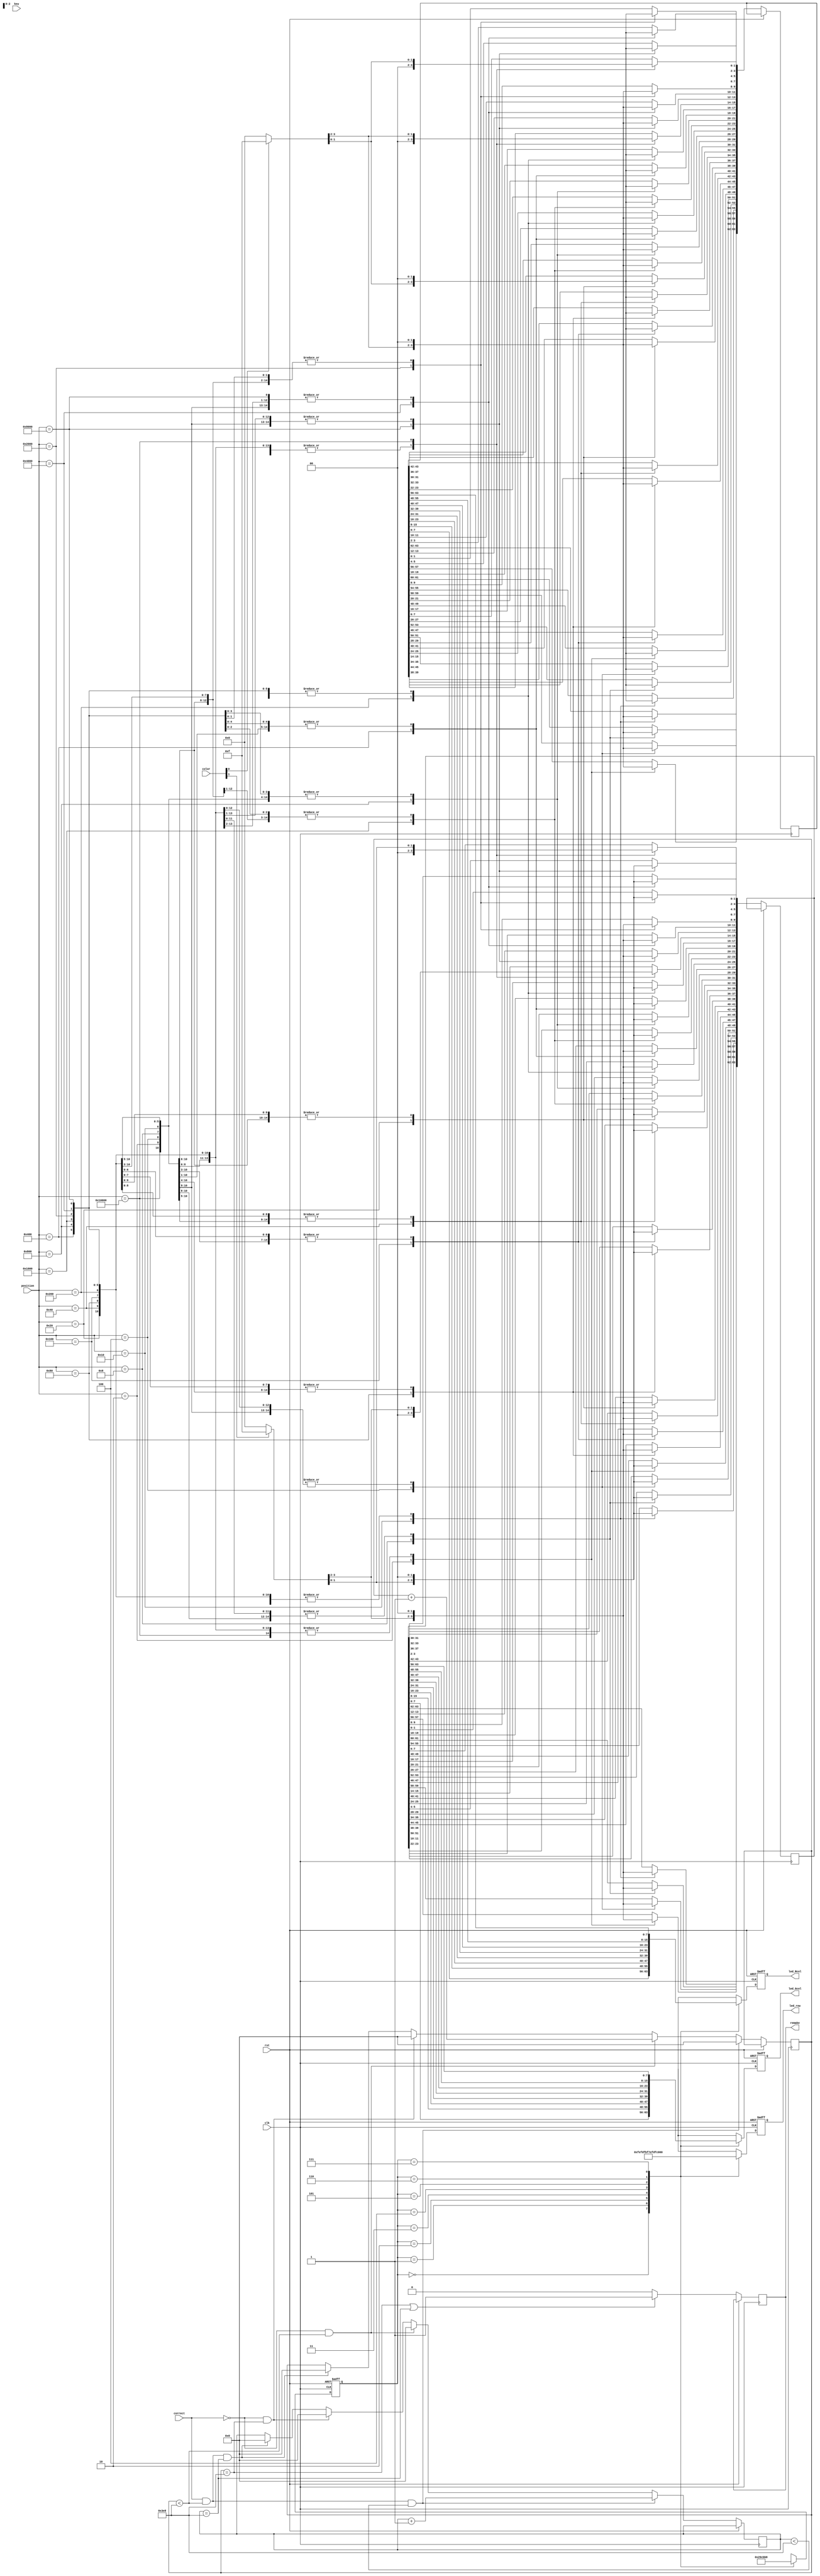
module LEDscan(clk,rst,led_Rcol,led_Gcol,led_row,position,key,color,remake,correct);
	input clk;
	input rst;
   reg  [63:0] led_R;
	reg  [63:0] led_G;
	//reg  [63:0] led_Y;
	reg  [9:0] holdtime;
	reg  [9:0] delaytime;
	output reg remake;    //  
	input correct;    //
	input  [16:0] position;
	input  [16:0] key;
	input [1:0]color;
	output reg  [7:0] led_row;
	output reg  [7:0] led_Rcol;
	output reg  [7:0] led_Gcol;
	
	//reg enhold;
	//output [15:0] led_ld;
	//input correct;
	reg [2:0] state;
	initial begin
		state<=3'b000;
		led_Rcol<=8'b0000_0000;
		led_Gcol<=8'b0000_0000;
		led_row<=8'b1111_1111;
//		cnt4[0]<=2'b01;
//		cnt4[1]<=2'b11;
//		cnt4[2]<=2'b01;

	end
//	always @(posedge clk or posedge rst) begin
//		if(rst) begin
//		end
//		else if(cnt5<3'd8)begin
//			cnt5<=cnt5+1;
//		end
//		else if(cnt5==3'd8)begin
//			cnt5<=3'd0;
//		end
//	end
//	always @(posedge clk or posedge rst) begin
//		if(rst) begin
//		end
//		else if(position)begin
//		  color<=cnt4[cnt5];
//		end
//
//	end
	//assign color=cnt4[cnt5];
	always @(posedge clk or posedge rst) begin
      	  if(rst) begin
           	 	state<=3'b000;
            		led_Rcol<=8'b0000_0000;
            		led_Gcol<=8'b0000_0000;
						led_row<=8'b1111_1110;
       	 	end
	  else begin
		case(state)
		3'b000: begin
			state<=3'b001;
			led_row<=8'b1111_1110;
			led_Rcol<=led_R[7:0];
                    		led_Gcol<=led_G[7:0];
		end 
		3'b001:begin
			state<=3'b010;
			led_row<=8'b1111_1101;
			led_Rcol<=led_R[15:8];
                    		led_Gcol<=led_G[15:8];
	
		end
		3'b010:begin
			state<=3'b011;
			led_row<=8'b1111_1011;
			led_Rcol<=led_R[23:16];
                    		led_Gcol<=led_G[23:16];
	
		end
		3'b011:begin
			state<=3'b100;
			led_row<=8'b1111_0111;
			led_Rcol<=led_R[31:24];
                    		led_Gcol<=led_G[31:24];
	
		end
		3'b100:begin
			state<=3'b101;
			led_row<=8'b1110_1111;
			led_Rcol<=led_R[39:32];
                    		led_Gcol<=led_G[39:32];
	
		end
		3'b101:begin
			state<=3'b110;
			led_row<=8'b1101_1111;
			led_Rcol<=led_R[47:40];
                    		led_Gcol<=led_G[47:40];
	
		end
		3'b110:begin
			state<=3'b111;
			led_row<=8'b1011_1111;
			led_Rcol<=led_R[55:48];
                    		led_Gcol<=led_G[55:48];
	
		end
		3'b111:begin
			state<=3'b000;
			led_row<=8'b0111_1111;
			led_Rcol<=led_R[63:56];
                    		led_Gcol<=led_G[63:56];
	
		end
		endcase
	end
	end
	always@(posedge clk or posedge rst)
	begin
		if(rst) begin
		end
		else if(holdtime==10'd1000 || delaytime==10'd1000) begin
			remake<=1'b1;
		end	
		else begin
			remake<=1'b0;
		end
	end
	always@(posedge clk or posedge rst)
	begin
		if(rst) begin
		end
		
		else  begin
			case(position)
			17'b0_0000_0000_0000_0010:begin
					{led_R[57:56],led_R[49:48]}<=(color[0])?4'b1111:4'b0000;
					{led_R[47:0],led_R[55:50],led_R[63:58]}<=60'b0;
					{led_G[57:56],led_G[49:48]}<=(color[1])?4'b1111:4'b0000;
					{led_G[47:0],led_G[55:50],led_G[63:58]}<=60'b0;
			end
			17'b0_0000_0000_0000_0100:begin
					{led_R[59:58],led_R[51:50]}<=(color[0])?4'b1111:4'b0000;
					{led_R[49:0],led_R[57:52],led_R[63:60]}<=60'b0;
					{led_G[59:58],led_G[51:50]}<=(color[1])?4'b1111:4'b0000;
					{led_G[49:0],led_G[57:52],led_G[63:60]}<=60'b0;
			end
			17'b0_0000_0000_0000_1000:begin
					{led_R[61:60],led_R[53:52]}<=(color[0])?4'b1111:4'b0000;
					{led_R[51:0],led_R[59:54],led_R[63:62]}<=60'b0;
					{led_G[61:60],led_G[53:52]}<=(color[1])?4'b1111:4'b0000;
					{led_G[51:0],led_G[59:54],led_G[63:62]}<=60'b0;
			end
			17'b0_0000_0000_0001_0000:begin
					{led_R[63:62],led_R[55:54]}<=(color[0])?4'b1111:4'b0000;                                                                            
					{led_R[53:0],led_R[61:56]}<=60'b0;
					{led_G[63:62],led_G[55:54]}<=(color[1])?4'b1111:4'b0000;                                                                            
					{led_G[53:0],led_G[61:56]}<=60'b0;
			end
			
			17'b0_0000_0000_0010_0000:begin
					{led_R[41:40],led_R[33:32]}<=(color[0])?4'b1111:4'b0000;
					{led_R[31:0],led_R[39:34],led_R[63:42]}<=60'b0;
					{led_G[41:40],led_G[33:32]}<=(color[1])?4'b1111:4'b0000;
					{led_G[31:0],led_G[39:34],led_G[63:42]}<=60'b0;
			end
			17'b0_0000_0000_0100_0000:begin
		
					{led_R[43:42],led_R[35:34]}<=(color[0])?4'b1111:4'b0000;
					{led_R[33:0],led_R[41:36],led_R[63:44]}<=60'b0;
					
					{led_G[43:42],led_G[35:34]}<=(color[1])?4'b1111:4'b0000;
					{led_G[33:0],led_G[41:36],led_G[63:44]}<=60'b0;
			end
			17'b0_0000_0000_1000_0000:begin
					{led_R[45:44],led_R[37:36]}<=(color[0])?4'b1111:4'b0000;
					{led_R[35:0],led_R[43:38],led_R[63:46]}<=60'b0;
					{led_G[45:44],led_G[37:36]}<=(color[1])?4'b1111:4'b0000;
					{led_G[35:0],led_G[43:38],led_G[63:46]}<=60'b0;
			end
			17'b0_0000_0001_0000_0000:begin
					{led_R[47:46],led_R[39:38]}<=(color[0])?4'b1111:4'b0000;
					{led_R[37:0],led_R[45:40],led_R[63:48]}<=60'b0;
					{led_G[47:46],led_G[39:38]}<=(color[1])?4'b1111:4'b0000;
					{led_G[37:0],led_G[45:40],led_G[63:48]}<=60'b0;
			end
			17'b0_0000_0010_0000_0000:begin
					{led_R[25:24],led_R[17:16]}<=(color[0])?4'b1111:4'b0000;
					{led_R[15:0],led_R[23:18],led_R[63:26]}<=60'b0;
					{led_G[25:24],led_G[17:16]}<=(color[1])?4'b1111:4'b0000;
					{led_G[15:0],led_G[23:18],led_G[63:26]}<=60'b0;
			end
			17'b0_0000_0100_0000_0000:begin
					{led_R[27:26],led_R[19:18]}<=(color[0])?4'b1111:4'b0000;
					{led_R[17:0],led_R[25:20],led_R[63:28]}<=60'b0;
					{led_G[27:26],led_G[19:18]}<=(color[1])?4'b1111:4'b0000;
					{led_G[17:0],led_G[25:20],led_G[63:28]}<=60'b0;
			end
			17'b0_0000_1000_0000_0000:begin
					{led_R[29:28],led_R[21:20]}<=(color[0])?4'b1111:4'b0000;
					{led_R[19:0],led_R[27:22],led_R[63:30]}<=60'b0;
					{led_G[29:28],led_G[21:20]}<=(color[1])?4'b1111:4'b0000;
					{led_G[19:0],led_G[27:22],led_G[63:30]}<=60'b0;
			end
			17'b0_0001_0000_0000_0000:begin
					{led_R[31:30],led_R[23:22]}<=(color[0])?4'b1111:4'b0000;
					{led_R[21:0],led_R[29:24],led_R[63:32]}<=60'b0;
					{led_G[31:30],led_G[23:22]}<=(color[1])?'b1111:4'b0000;
					{led_G[21:0],led_G[29:24],led_G[63:32]}<=60'b0;
			end
			17'b0_0010_0000_0000_0000:begin
					{led_R[9:8],led_R[1:0]}<=(color[0])?4'b1111:4'b0000;
					{led_R[7:2],led_R[63:10]}<=60'b0;
					{led_G[9:8],led_G[1:0]}<=(color[1])?4'b1111:4'b0000;
					{led_G[7:2],led_G[63:10]}<=60'b0;
			end
			17'b0_0100_0000_0000_0000:begin
					{led_R[11:10],led_R[3:2]}<=(color[0])?4'b1111:4'b0000;
					{led_R[1:0],led_R[9:4],led_R[63:12]}<=60'b0;
					{led_G[11:10],led_G[3:2]}<=(color[1])?4'b1111:4'b0000;
					{led_G[1:0],led_G[9:4],led_G[63:12]}<=60'b0;
			end
			17'b0_1000_0000_0000_0000:begin
					{led_R[13:12],led_R[5:4]}<=(color[0])?4'b1111:4'b0000;
					{led_R[3:0],led_R[11:6],led_R[63:14]}<=60'b0;
					{led_G[13:12],led_G[5:4]}<=(color[1])?4'b1111:4'b0000;
					{led_G[3:0],led_G[11:6],led_G[63:14]}<=60'b0;
			end
			17'b1_0000_0000_0000_0000:begin
					{led_R[15:14],led_R[7:6]}<=(color[0])?4'b1111:4'b0000;
					{led_R[5:0],led_R[13:8],led_R[63:16]}<=60'b0;
					{led_G[15:14],led_G[7:6]}<=(color[1])?4'b1111:4'b0000;
					{led_G[5:0],led_G[13:8],led_G[63:16]}<=60'b0;
			end
			endcase
		end
		//assign led_ld[1:0]=color[1:0];
			
			
			
			
			
			
			
			
			
		end
	
	
	
	always@(posedge clk or posedge rst)
	begin
		if(rst) begin
		end
		else if(correct && holdtime<10'd1000 && delaytime<10'd1000) begin
			holdtime<=10'd0;
			delaytime<=delaytime+1'b1;
		end
		else if(!correct && holdtime<10'd1000)  begin
			holdtime<=holdtime+1;
			delaytime<=10'd0;
			
		end
		else if(!correct && holdtime==10'd1000)  begin
			holdtime<=0;
			delaytime<=10'd0;
			
		end
		else if(correct && holdtime<10'd1000 && delaytime==10'd1000) begin
			holdtime<=10'd0;
			delaytime<=10'd0;
		end
	end
	
//				case(position)
//					16'b0000_0000_0000_0001: begin
//						{led_R[49:48],led_R[57:56]}<=(color[1])?4'b1111:4'b0000;
//						{led_R[58],led_R[50],led_R[41:40]}<=(color[1])?4'b1111:4'b0000;
//						{led_R[42]}<=1'b0;
//						{led_R[63:59],led_R[55:51],led_R[47:43],led_R[39:0]}<=55'd0;
//						{led_G[49:48],led_G[57:56]}<=(color[0])?4'b1111:4'b0000;
//						{led_G[58],led_G[50],led_G[41:40]}<=(color[0])?4'b1111:4'b0000;
//						{led_G[42]}<=1'b0;
//						{led_G[63:59],led_G[55:51],led_G[47:43],led_G[39:0]}<=55'd0;
//					end
//					16'b0000_0000_0000_0010: begin
//						{led_R[51:50],led_R[59:58]}<=(color[1])?4'b1111:4'b0000;
//						{led_R[60],led_R[57],led_R[52],led_R[49],led_R[43:42]}<=(color[1])?6'b11_1111:6'b00_0000;
//						{led_R[44],led_R[41]}<=2'b00;
//						{led_R[63:61],led_R[56:53],led_R[48:45],led_R[40:0]}<=52'd0;
//						{led_G[51:50],led_G[59:58]}<=(color[0])?4'b1111:4'b0000;
//						{led_G[60],led_G[57],led_G[52],led_G[49],led_G[43:42]}<=(color[0])?6'b11_1111:6'b00_0000;
//						{led_G[44],led_G[41]}<=2'b00;
//						{led_G[63:61],led_G[56:53],led_G[48:45],led_G[40:0]}<=52'd0;
//					end
//					16'b0000_0000_0000_0100: begin
//						{led_R[53:52],led_R[61:60]}<=(color[1])?4'b1111:4'b0000;
//						{led_R[62],led_R[59],led_R[54],led_R[51],led_R[45:44]}<=(color[1])?6'b11_1111:6'b00_0000;
//						{led_R[46],led_R[43]}<=2'b00;
//						{led_R[63],led_R[58:55],led_R[50:47],led_R[42:0]}<=52'd0;
//						{led_G[53:52],led_G[61:60]}<=(color[0])?4'b1111:4'b0000;
//						{led_G[62],led_G[59],led_G[54],led_G[51],led_G[45:44]}<=(color[0])?6'b11_1111:6'b00_0000;
//						{led_G[46],led_G[43]}<=2'b00;
//						{led_G[63],led_G[58:55],led_G[50:47],led_G[42:0]}<=52'd0;
//					end
//					16'b0000_0000_0000_1000: begin
//						{led_R[55:54],led_R[63:62]}<=(color[1])?4'b1111:4'b0000;
//						{led_R[61],led_R[53],led_R[47:46]}<=(color[1])?4'b1111:4'b0000;
//						{led_R[45]}<=1'b0;
//						{led_R[60:56],led_R[52:48],led_R[44:0]}<=55'd0;
//						{led_G[55:54],led_G[63:62]}<=(color[0])?4'b1111:4'b0000;
//						{led_G[61],led_G[53],led_G[47:46]}<=(color[0])?4'b1111:4'b0000;
//						{led_G[45]}<=1'b0;
//						{led_G[60:56],led_G[52:48],led_G[44:0]}<=55'd0;
//					end
//					16'b0000_0000_0001_0000: begin
//						{led_R[33:32],led_R[41:40]}<=(color[1])?4'b1111:4'b0000;
//						{led_R[49:48],led_R[42],led_R[34],led_R[25:24]}<=(color[1])?6'b11_1111:6'b00_0000;
//						{led_R[50],led_R[26]}<=2'b00;
//						{led_R[63:51],led_R[47:43],led_R[39:35],led_R[31:27],led_R[23:0]}<=52'd0;
//						{led_G[33:32],led_G[41:40]}<=(color[0])?4'b1111:4'b0000;
//						{led_G[49:48],led_G[42],led_G[34],led_G[25:24]}<=(color[0])?6'b11_1111:6'b00_0000;
//						{led_G[50],led_G[26]}<=2'b00;
//						{led_G[63:51],led_G[47:43],led_G[39:35],led_G[31:27],led_G[23:0]}<=52'd0;
//					end
//					16'b0000_0000_0010_0000: begin
//						{led_R[35:34],led_R[43:42]}<=(color[1])?4'b1111:4'b0000;
//						{led_R[51:50],led_R[44],led_R[41],led_R[36],led_R[33],led_R[27:26]}<=(color[1])?8'b1111_1111:8'b0000_0000;
//						{led_R[52],led_R[49],led_R[28],led_R[25]}<=4'b0000;
//						{led_R[63:53],led_R[48:45],led_R[40:37],led_R[32:29],led_R[24:0]}<=48'd0;
//						{led_G[35:34],led_G[43:42]}<=(color[0])?4'b1111:4'b0000;
//						{led_G[51:50],led_G[44],led_G[41],led_G[36],led_G[33],led_G[27:26]}<=(color[0])?8'b1111_1111:8'b0000_0000;
//						{led_G[52],led_G[49],led_G[28],led_G[25]}<=4'b0000;
//						{led_G[63:53],led_G[48:45],led_G[40:37],led_G[32:29],led_G[24:0]}<=48'd0;
//					end
//					16'b0000_0000_0100_0000: begin
//						{led_R[37:36],led_R[45:44]}<=(color[1])?4'b1111:4'b0000;
//						{led_R[53:52],led_R[46],led_R[43],led_R[38],led_R[35],led_R[29:28]}<=(color[1])?8'b1111_1111:8'b0000_0000;
//						{led_R[54],led_R[51],led_R[30],led_R[27]}<=4'b0000;
//						{led_R[63:55],led_R[50:47],led_R[42:39],led_R[34:31],led_R[26:0]}<=48'd0;
//						{led_G[37:36],led_G[45:44]}<=(color[0])?4'b1111:4'b0000;
//						{led_G[53:52],led_G[46],led_G[43],led_G[38],led_G[35],led_G[29:28]}<=(color[0])?8'b1111_1111:8'b0000_0000;
//						{led_G[54],led_G[51],led_G[30],led_G[27]}<=4'b0000;
//						{led_G[63:55],led_G[50:47],led_G[42:39],led_G[34:31],led_G[26:0]}<=48'd0;
//					end
//					16'b0000_0000_1000_0000: begin
//						{led_R[39:38],led_R[47:46]}<=(color[1])?4'b1111:4'b0000;
//						{led_R[55:54],led_R[45],led_R[37],led_R[31:30]}<=(color[1])?6'b11_1111:6'b00_0000;
//						{led_R[53],led_R[29]}<=2'b00;
//						{led_R[63:56],led_R[52:48],led_R[44:40],led_R[36:32],led_R[28:0]}<=52'd0;
//						{led_G[39:38],led_G[47:46]}<=(color[0])?4'b1111:4'b0000;
//						{led_G[55:54],led_G[45],led_G[37],led_G[31:30]}<=(color[0])?6'b11_1111:6'b00_0000;
//						{led_G[53],led_G[29]}<=2'b00;
//						{led_G[63:56],led_G[52:48],led_G[44:40],led_G[36:32],led_G[28:0]}<=52'd0;
//					end
//					16'b0000_0001_0000_0000: begin
//						{led_R[17:16],led_R[25:24]}<=(color[1])?4'b1111:4'b0000;
//						{led_R[33:32],led_R[26],led_R[18],led_R[9:8]}<=(color[1])?6'b11_1111:6'b00_0000;
//						{led_R[34],led_R[10]}<=2'b00;
//						{led_R[63:35],led_R[31:27],led_R[23:19],led_R[15:11],led_R[7:0]}<=52'd0;
//						{led_G[17:16],led_G[25:24]}<=(color[0])?4'b1111:4'b0000;
//						{led_G[33:32],led_G[26],led_G[18],led_G[9:8]}<=(color[0])?6'b11_1111:6'b00_0000;
//						{led_G[34],led_G[10]}<=2'b00;
//						{led_G[63:35],led_G[31:27],led_G[23:19],led_G[15:11],led_G[7:0]}<=52'd0;
//					end
//					16'b0000_0010_0000_0000: begin
//						{led_R[19:18],led_R[27:26]}<=(color[1])?4'b1111:4'b0000;
//						{led_R[35:34],led_R[28],led_R[25],led_R[20],led_R[17],led_R[11:10]}<=(color[1])?8'b1111_1111:8'b0000_0000;
//						{led_R[36],led_R[33],led_R[12],led_R[9]}<=4'b0000;
//						{led_R[63:37],led_R[32:29],led_R[24:21],led_R[16:13],led_R[8:0]}<=48'd0;
//						{led_G[19:18],led_G[27:26]}<=(color[0])?4'b1111:4'b0000;
//						{led_G[35:34],led_G[28],led_G[25],led_G[20],led_G[17],led_G[11:10]}<=(color[0])?8'b1111_1111:8'b0000_0000;
//						{led_G[36],led_G[33],led_G[12],led_G[9]}<=4'b0000;
//						{led_G[63:37],led_G[32:29],led_G[24:21],led_G[16:13],led_G[8:0]}<=48'd0;
//					end
//					16'b0000_0100_0000_0000: begin
//						{led_R[21:20],led_R[29:28]}<=(color[1])?4'b1111:4'b0000;
//						{led_R[37:36],led_R[30],led_R[27],led_R[22],led_R[19],led_R[13:12]}<=(color[1])?8'b1111_1111:8'b0000_0000;
//						{led_R[38],led_R[35],led_R[14],led_R[11]}<=4'b0000;
//						{led_R[63:39],led_R[34:31],led_R[26:23],led_R[18:15],led_R[10:0]}<=48'd0;
//						{led_G[21:20],led_G[29:28]}<=(color[0])?4'b1111:4'b0000;
//						{led_G[37:36],led_G[30],led_G[27],led_G[22],led_G[19],led_G[13:12]}<=(color[0])?8'b1111_1111:8'b0000_0000;
//						{led_G[38],led_G[35],led_G[14],led_G[11]}<=4'b0000;
//						{led_G[63:39],led_G[34:31],led_G[26:23],led_G[18:15],led_G[10:0]}<=48'd0;
//					end
//					16'b0000_1000_0000_0000: begin
//						{led_R[23:22],led_R[31:30]}<=(color[1])?4'b1111:4'b0000;
//						{led_R[39:38],led_R[29],led_R[21],led_R[15:14]}<=(color[1])?6'b11_1111:6'b00_0000;
//						{led_R[37],led_R[13]}<=2'b00;
//						{led_R[63:40],led_R[36:32],led_R[28:24],led_R[20:16],led_R[12:0]}<=52'd0;
//						{led_G[23:22],led_G[31:30]}<=(color[0])?4'b1111:4'b0000;
//						{led_G[39:38],led_G[29],led_G[21],led_G[15:14]}<=(color[0])?6'b11_1111:6'b00_0000;
//						{led_G[37],led_G[13]}<=2'b00;
//						{led_G[63:40],led_G[36:32],led_G[28:24],led_G[20:16],led_G[12:0]}<=52'd0;
//					end
//					16'b0001_0000_0000_0000: begin
//						{led_R[1:0],led_R[9:8]}<=(color[1])?4'b1111:4'b0000;
//						{led_R[17:16],led_R[10],led_R[2]}<=(color[1])?4'b1111:4'b0000;
//						{led_R[18]}<=1'b0;
//						{led_R[63:19],led_R[15:11],led_R[7:3]}<=55'd0;
//						{led_G[1:0],led_G[9:8]}<=(color[0])?4'b1111:4'b0000;
//						{led_G[17:16],led_G[10],led_G[2]}<=(color[0])?4'b1111:4'b0000;
//						{led_G[18]}<=1'b0;
//						{led_G[63:19],led_G[15:11],led_G[7:3]}<=55'd0;
//					end
//					16'b0010_0000_0000_0000: begin
//						{led_R[3:2],led_R[11:10]}<=(color[1])?4'b1111:4'b0000;
//						{led_R[19:18],led_R[12],led_R[9],led_R[4],led_R[1]}<=(color[1])?6'b11_1111:6'b00_0000;
//						{led_R[20],led_R[17]}<=2'b00;
//						{led_R[63:21],led_R[16:13],led_R[8:5],led_R[0]}<=52'd0;
//						{led_G[3:2],led_G[11:10]}<=(color[0])?4'b1111:4'b0000;
//						{led_G[19:18],led_G[12],led_G[9],led_G[4],led_G[1]}<=(color[0])?6'b11_1111:6'b00_0000;
//						{led_G[20],led_G[17]}<=2'b00;
//						{led_G[63:21],led_G[16:13],led_G[8:5],led_G[0]}<=52'd0;
//					end
//					16'b0100_0000_0000_0000: begin
//						{led_R[5:4],led_R[13:12]}<=(color[1])?4'b1111:4'b0000;
//						{led_R[21:20],led_R[14],led_R[11],led_R[6],led_R[3]}<=(color[1])?6'b11_1111:6'b00_0000;
//						{led_R[22],led_R[19]}<=2'b00;
//						{led_R[63:23],led_R[18:15],led_R[10:7],led_R[2:0]}<=52'd0;
//						{led_G[5:4],led_G[13:12]}<=(color[0])?4'b1111:4'b0000;
//						{led_G[21:20],led_G[14],led_G[11],led_G[6],led_G[3]}<=(color[0])?6'b11_1111:6'b00_0000;
//						{led_G[22],led_G[19]}<=2'b00;
//						{led_G[63:23],led_G[18:15],led_G[10:7],led_G[2:0]}<=52'd0;
//					end
//					16'b1000_0000_0000_0000: begin
//						{led_R[7:6],led_R[15:14]}<=(color[1])?4'b1111:4'b0000;
//						{led_R[23:22],led_R[13],led_R[5]}<=(color[1])?4'b1111:4'b0000;
//						{led_R[21]}<=1'b0;
//						{led_R[63:24],led_R[20:16],led_R[12:8],led_R[4:0]}<=55'd0;
//						{led_G[7:6],led_G[15:14]}<=(color[0])?4'b1111:4'b0000;
//						{led_G[23:22],led_G[13],led_G[5]}<=(color[0])?4'b1111:4'b0000;
//						{led_G[21]}<=1'b0;
//						{led_G[63:24],led_G[20:16],led_G[12:8],led_G[4:0]}<=55'd0;
//					end
//					default: begin
//						led_R<=64'd0;
//						led_G<=64'd0;
//					end
//				endcase
	

//	assign led_ld[15:13]=state;
//assign led_ld[15:8]=led_Rcol;
	//assign led_ld[7:0]=led_row;
endmodule